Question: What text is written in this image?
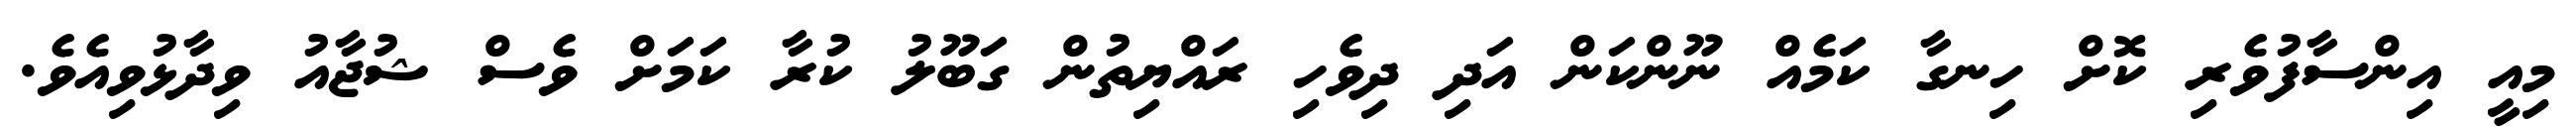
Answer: މިއީ އިންސާފުވެރި ކޮށް ހިނގާ ކަމެއް ނޫންކަން އަދި ދިވެހި ރައްޔިތުން ގަބޫލު ކުރާ ކަމަށް ވެސް ޝުޖާއު ވިދާޅުވިއެވެ.